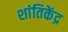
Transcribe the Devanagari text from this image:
शांतिकेंद्र